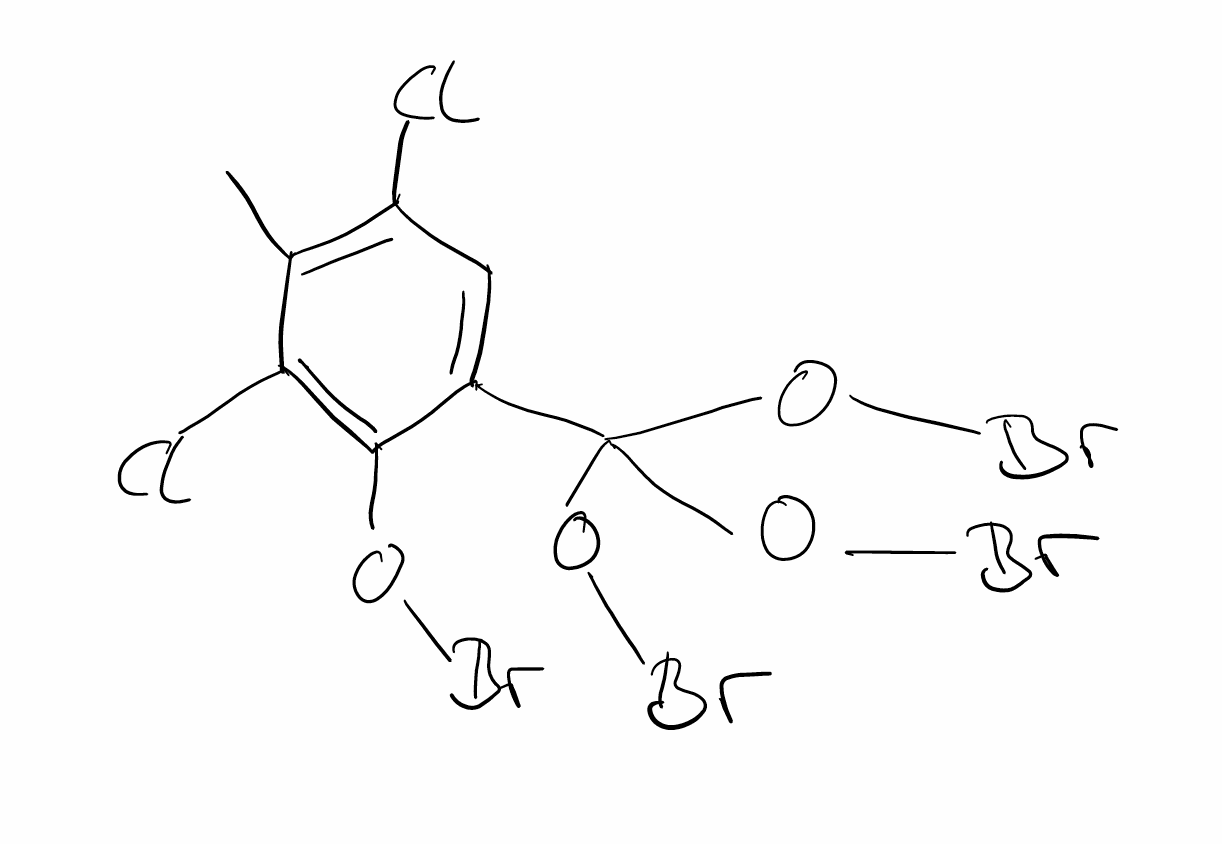
Simplified molecular-input line-entry system (SMILES) notation of the given molecule:
CC1=C(C=C(C(=C1Cl)OBr)C(OBr)(OBr)OBr)Cl